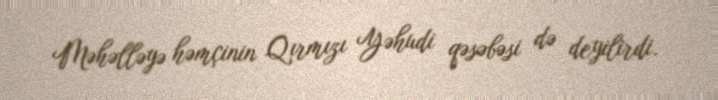
Məhəlləyə həmçinin Qırmızı Yəhudi qəsəbəsi də deyilirdi.